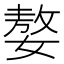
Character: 嫯